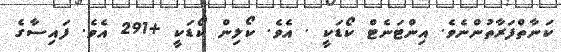
ކަނާތްފަރާތުންނެވެ. އިންޓަނެޓް ކޯޑަކީ . އެވެ. ކޯލިން ކޯޑަކީ +291 އެވެ. ފައިސާގެ